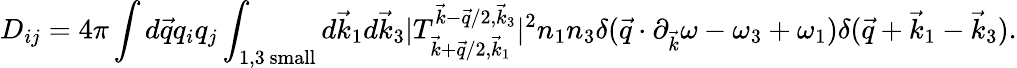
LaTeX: D_{ij}=4\pi\int d\vec{q}q_{i}q_{j}\int_{1,3\mathrm{~small}}d\vec{k}_{1}d\vec{k}_{3}|T_{\vec{k}+\vec{q}/2,\vec{k}_{1}}^{\vec{k}-\vec{q}/2,\vec{k}_{3}}|^{2}n_{1}n_{3}\delta(\vec{q}\cdot\partial_{\vec{k}}\omega-\omega_{3}+\omega_{1})\delta(\vec{q}+\vec{k}_{1}-\vec{k}_{3}).